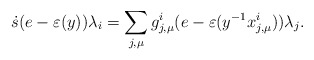
\begin{align*}\dot{s}(e-\varepsilon(y))\lambda_i= \sum_{j,\mu} g^i_{j,\mu}(e-\varepsilon(y^{-1}x^i_{j,\mu}))\lambda_j.\end{align*}